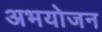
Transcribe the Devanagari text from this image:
अभयोजन